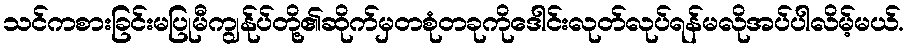
သင်ကစားခြင်းမပြုမီကျွန်ုပ်တို့၏ဆိုက်မှတစုံတခုကိုဒေါင်းလုတ်လုပ်ရန်မလိုအပ်ပါလိမ့်မယ်.